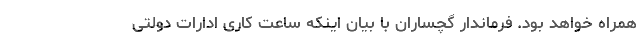
همراه خواهد بود. فرماندار گچساران با بیان اینکه ساعت کاری ادارات دولتی